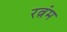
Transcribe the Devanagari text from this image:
रत्नंम